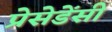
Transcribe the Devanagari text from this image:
प्रेसेडेंसी